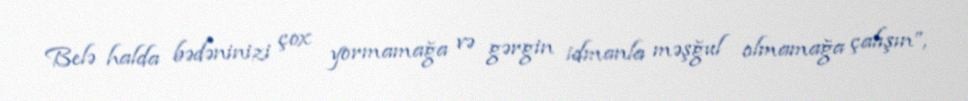
Belə halda bədəninizi çox yormamağa və gərgin idmanla məşğul olmamağa çalışın”,